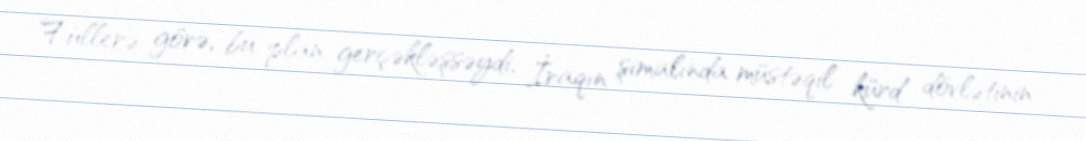
Fullerə görə, bu plan gerçəkləşsəydi, İraqın şimalında müstəqil kürd dövlətinin